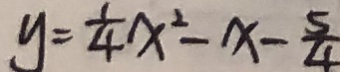
y = \frac { 1 } { 4 } x ^ { 2 } - x - \frac { 5 } { 4 }